Subject: cs
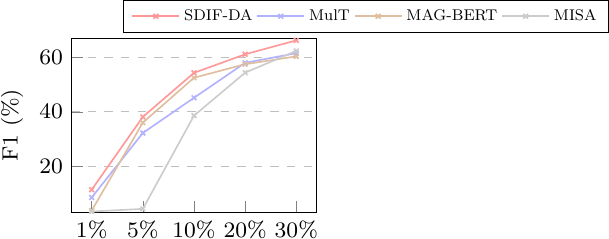
LaTeX code:
			\begin{tikzpicture}\footnotesize
				\begin{axis}[
					legend style={at={(1.2,1.22)},
						anchor=north,legend columns=4},
					ylabel=F1 (\%),
					width=4.7cm, height=3.8cm,
								ymin=3, ymax=67,
					xtick={1, 2, 3, 4, 5},
					xticklabels={1\%, 5\%, 10\%, 20\%, 30\%},
					xlabel near ticks,
					ylabel near ticks,
					xtick pos=left,
					ytick pos=left,
					ytick align=inside,
					xtick align=inside,
					ymajorgrids=true,
					grid style=dashed,
					legend style={nodes={scale=0.7, transform shape}},
									every node near coord/.append style={font=\tiny},
					]
					\addplot+[semithick,mark=x,mark options={scale=0.6}, red!40!white] plot coordinates {
						(1, 11.44)
						(2, 38.13)
						(3, 54.27)
						(4, 61.07)
						(5, 66.16)
					};
					\addplot+[semithick,mark=x,mark options={scale=0.6}, blue!30!white] plot coordinates {
						(1, 8.59)
						(2, 32.23)
						(3, 45.12)
						(4, 57.94)
						(5, 61.47)
					};
					\addplot+[semithick,mark=x,mark options={scale=0.6}, brown!50!white] plot coordinates {
						(1, 3.81)
						(2, 36.02)
						(3, 52.46)
						(4, 57.44)
						(5, 60.29)
					};;
					\addplot+[semithick,mark=x,mark options={scale=0.6}, gray!40!white] plot coordinates {
						(1, 3.45)
						(2, 4.43)
						(3, 38.59)
						(4, 54.33)
						(5, 62.30)
					};
					\legend{SDIF-DA, MulT, MAG-BERT, MISA}
				\end{axis}
			\end{tikzpicture}